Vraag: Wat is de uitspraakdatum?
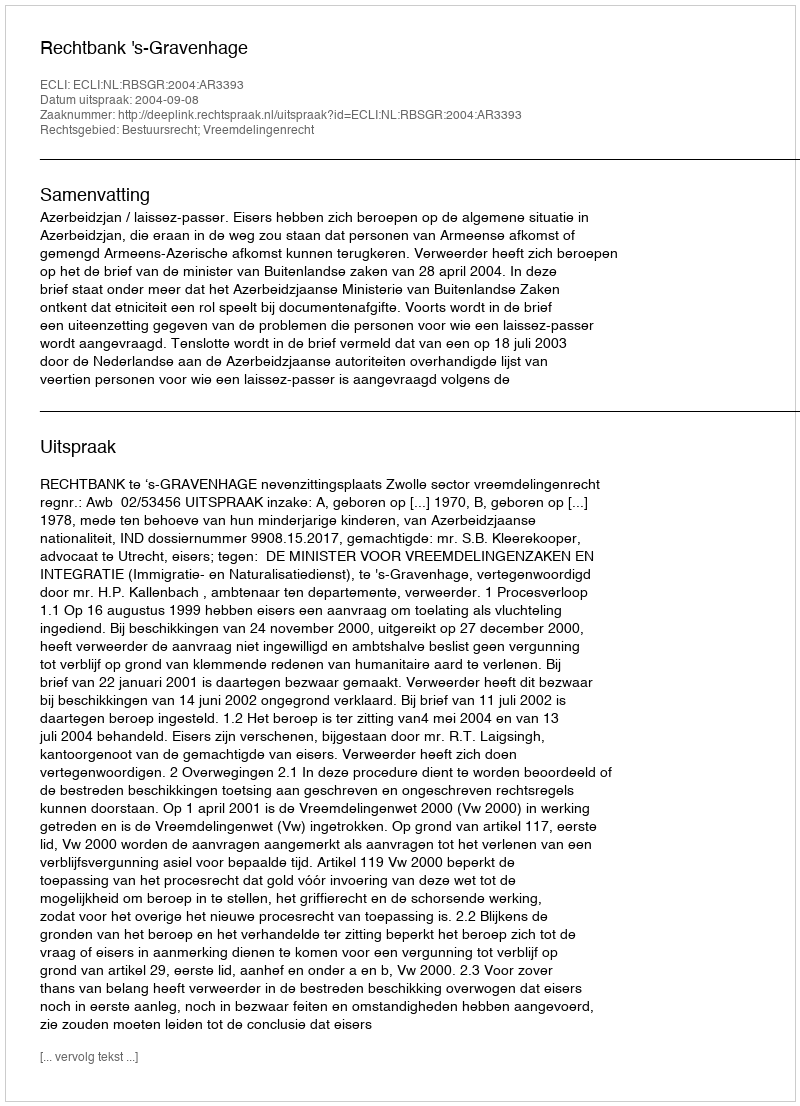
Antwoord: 2004-09-08